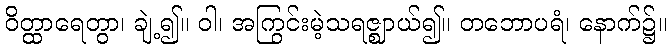
ဝိတ္ထာရေတွာ၊ ချဲ့၍။ ဝါ၊ အကြွင်းမဲ့သရဇ္ဈာယ်၍။ တဘောပရံ၊ နောက်၌။